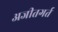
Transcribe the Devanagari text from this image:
अजीतगर्त